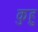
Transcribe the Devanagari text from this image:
कुहु